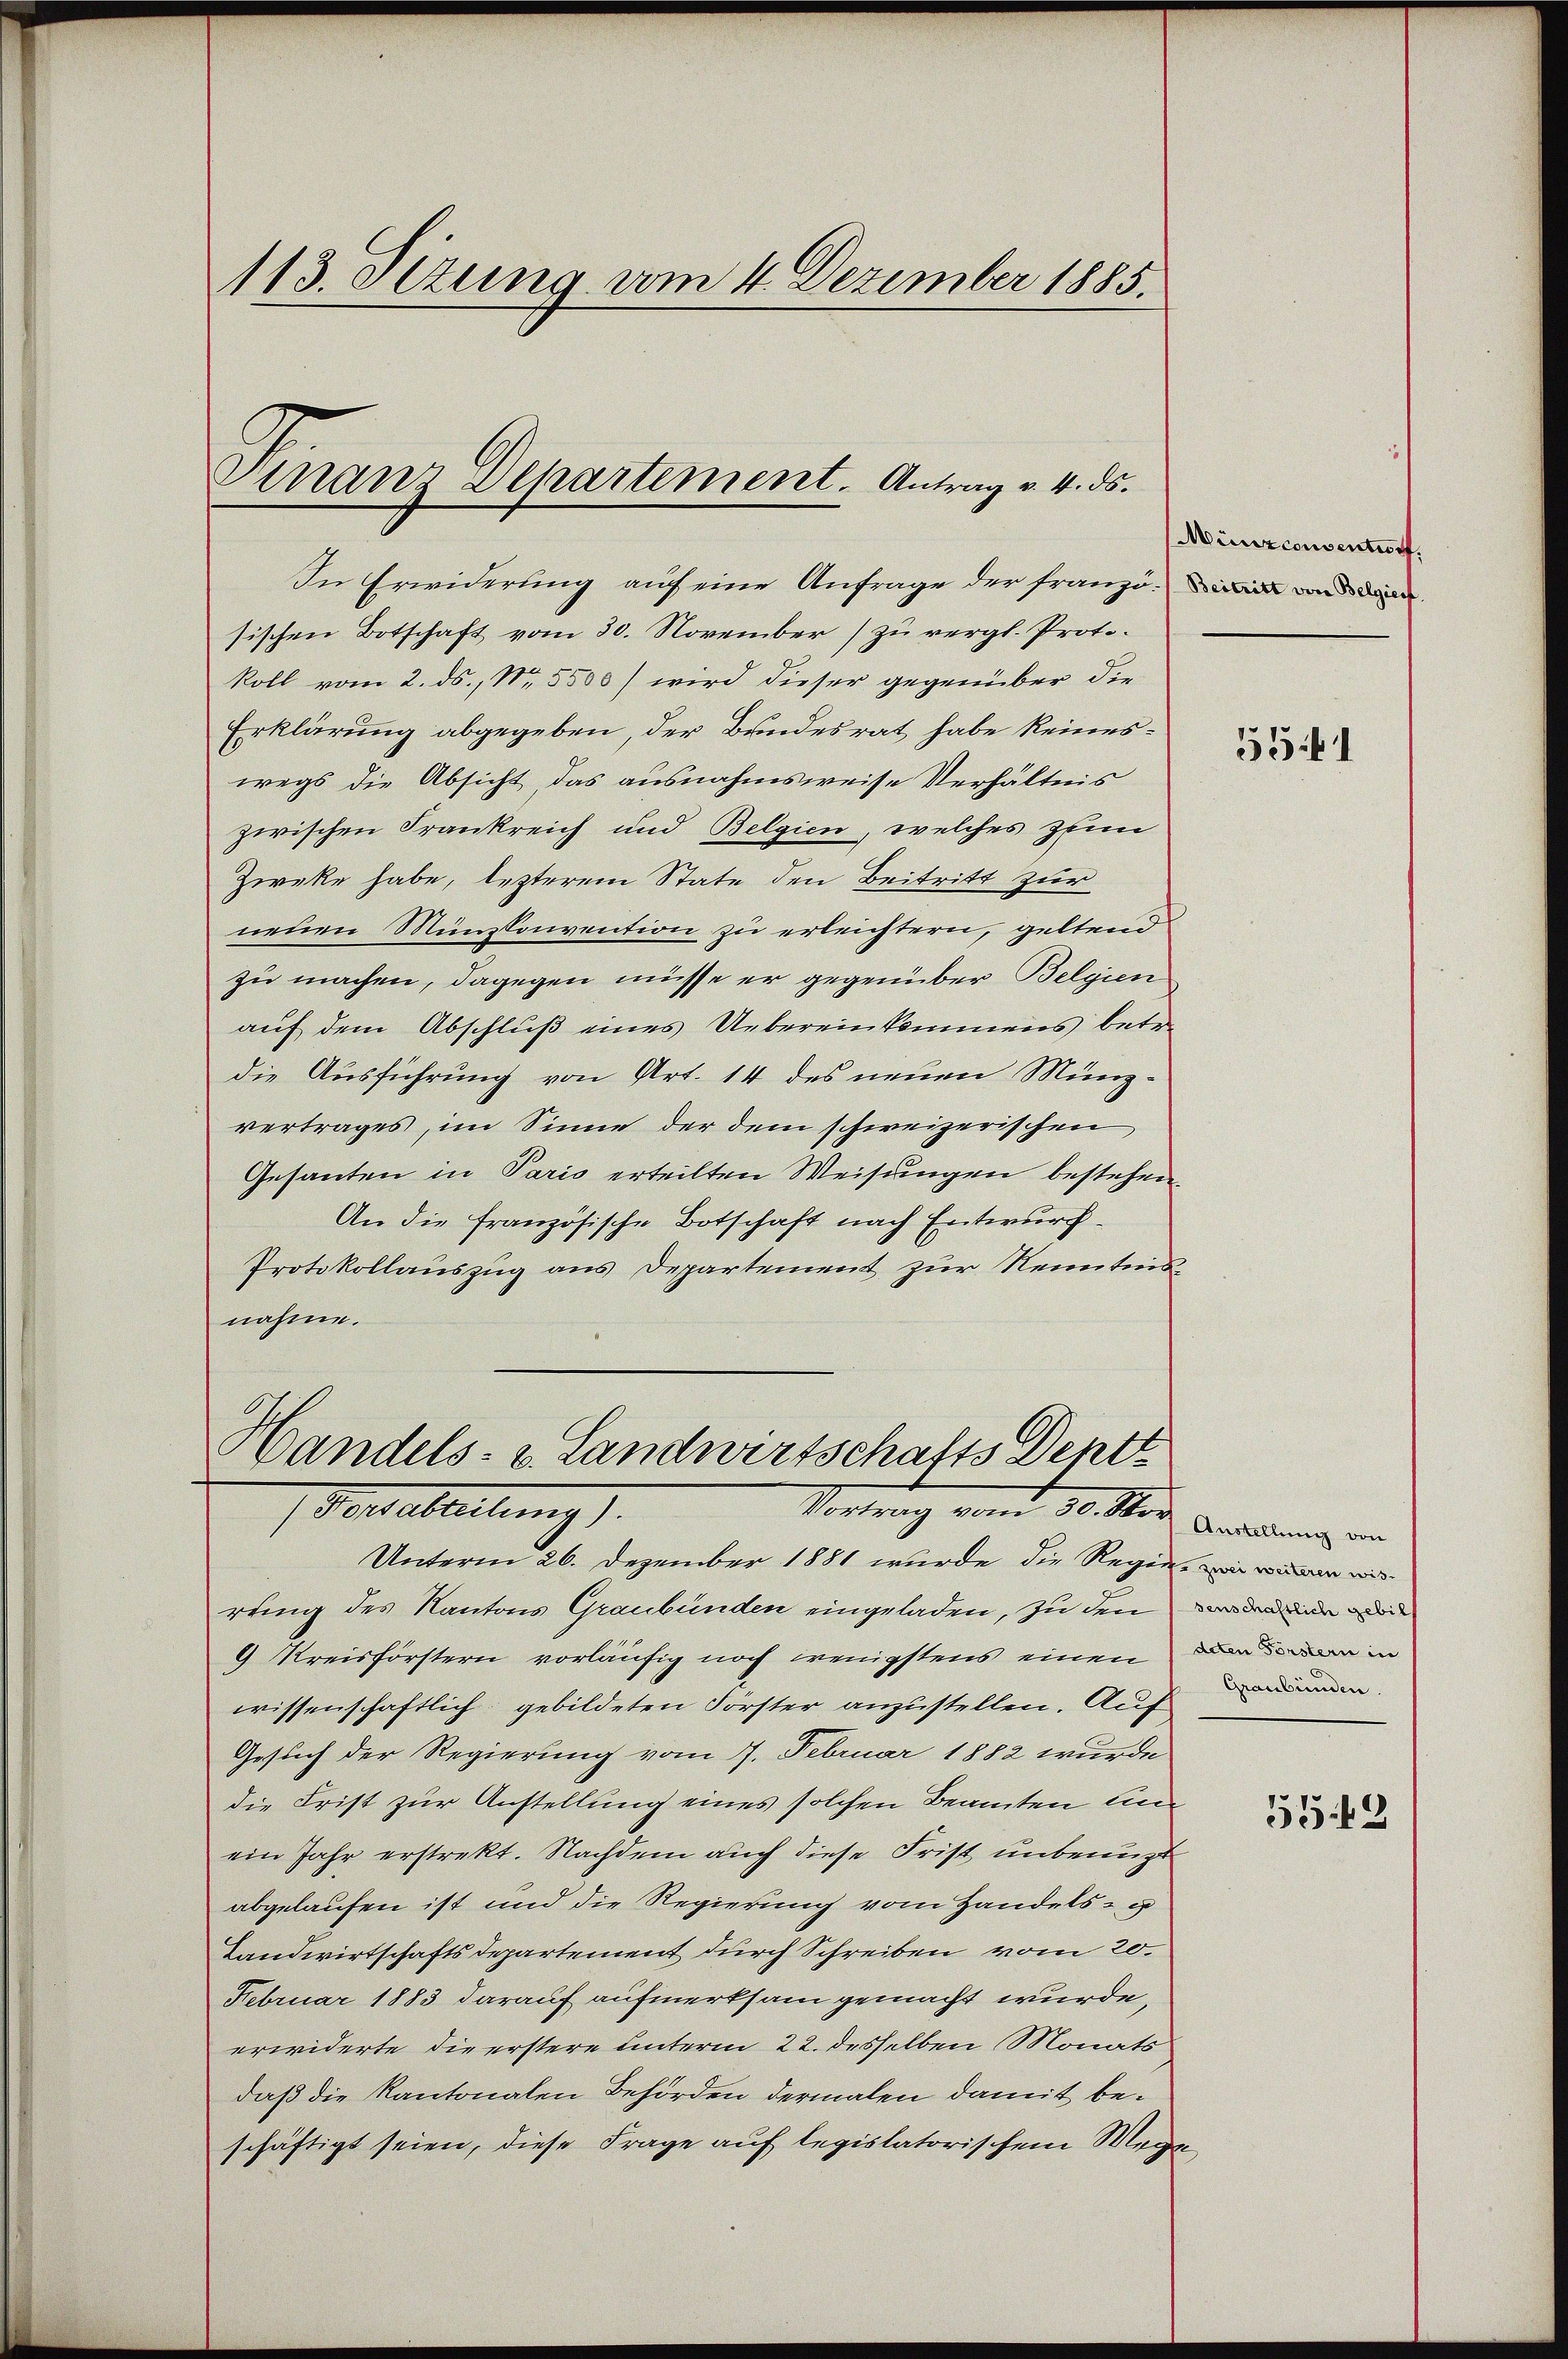
113. Dezung vom 4. Dezember 1885.

Finanz Departement. Antrag v. 4. ds.

Handels- & Landwirtschafts Deptt
Nerabreitung).
Vortrag vom 30. März Anderung ein

In Erwiderung auf eine Anfrage der franzo-in und di
sischen Botschaft vom 30. November zu vergl. Protokoll vom 2. ds., Nr. 5500) wird dieser gegenüber die
Erklärung abgegeben, der Bundesrat habe keineswegs die Absicht, das ausnahmsweise Verhältnis
zwischen Frankreich und Belgien, welches zum
Zweke habe, lezterem State den Beitritt zur
neuen Münzsonvention zu erleichtern, geltend
zu machen, dagegen müsse er gegenüber Belgien
auf dem Abschluß eines Uebereinkommens betr.
die Ausführung von Art. 14 des neuen Münzvertrages, im Sinne der dem schweizerischen
Gesanten in Paris erteilten Weisungen bestehen.
An die französische Botschaft nach Entwurf
Protokollauszug aus Departement zur Kenntnisnahme.

Unterm 26. Dezember 1881 wurde die Regie, in wi
rung des Kantons Graubünden eingeladen, zu den
9 Kreisförstern vorläufig noch wenigstens einen
wissenschaftlich gebildeten Förster anzustellen. Auf den
Gesuch der Regierung vom 7. Februar 1882 wurde
die Frist zur Anstellung eines solchen Beamten Einein Jahr erstrekt. Nachdem auch diese Frist unbenuzt
abgelaufen ist und die Regierung vom Handels- u
Landwirtschaftsdepartement durch Schreiben vom 20.
Februar 1883 darauf aufmerksam gemacht wurde,
erwiderte die erstere unterm 22. desselben Monats
daß die Kantonalen Behörden dermalen damit beschäftigt seien, diese Frage auf legislatorischem Wege

Miniscensentworf

5541

senschaftlich gebill
deten Förstern in

5543